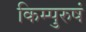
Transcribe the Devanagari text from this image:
किम्पुरुषं